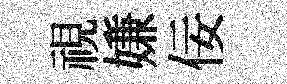
視嫌佞